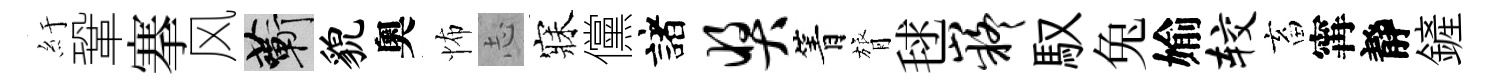
紆鞏搴风蔪貌奧怖𢖽寐儻諸奖箐膂毬嶷馭兔媮较畜𡩋靜鏟